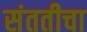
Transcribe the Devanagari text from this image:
संततीचा